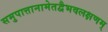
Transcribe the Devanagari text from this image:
समुपात्तानामेतद्वैभवलक्षणम्